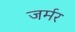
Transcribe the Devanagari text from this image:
जर्मर